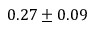
0 . 2 7 \pm 0 . 0 9